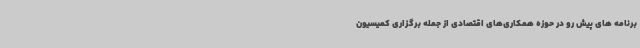
برنامه های پیش رو در حوزه همکاری‌های اقتصادی از جمله برگزاری کمیسیون